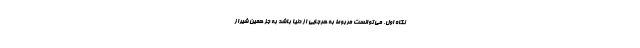
نگاه اول، می‌توانست مربوط به هرجایی از دنیا باشد به جز همین شیراز